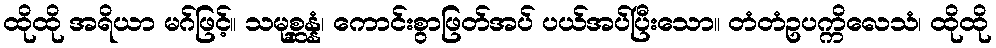
ထိုထို အရိယာ မဂ်ဖြင့်။ သမုစ္ဆန္နံ၊ ကောင်းစွာဖြတ်အပ် ပယ်အပ်ပြီးသော။ တံတံဥပက္ကိလေသံ၊ ထိုထို